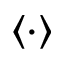
\left\langle \cdot \right\rangle